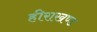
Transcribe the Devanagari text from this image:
हीराखण्ड